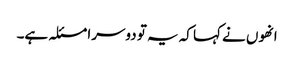
انھوں نے کہا کہ یہ تو دوسرا مسئلہ ہے۔